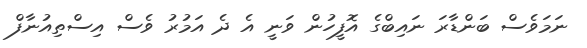
ނަމަވެސް ބަންޑާރަ ނައިބްގެ އޮފީހުން ވަނީ އެ ދެ އަމުރު ވެސް އިސްތިއުނާފް